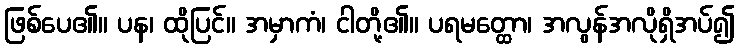
ဖြစ်ပေ၏။ ပန၊ ထိုပြင်။ အမှာကံ၊ ငါတို့၏။ ပရမတ္ထော၊ အလွန်အလိုရှိအပ်၍